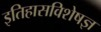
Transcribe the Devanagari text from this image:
इतिहासविशेषज्ञ